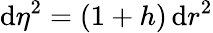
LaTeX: \mathrm{d}\eta^{2}=(1+h)\, \mathrm{d}r^{2}